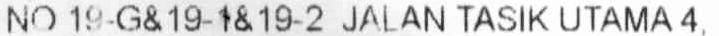
NO 19-G& 19-1& 19-2 JALAN TASIK UTAMA 4,